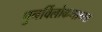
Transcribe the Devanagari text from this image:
पुनर्विलोकनाच्या